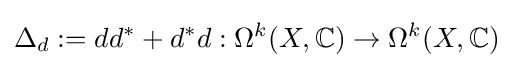
\Delta _{d}:=dd^{*}+d^{*}d:\Omega ^{k}(X,\mathbb {C} )\to \Omega ^{k}(X,\mathbb {C} )